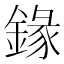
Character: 䤸